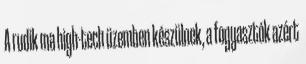
A rudik ma high-tech üzemben készülnek, a fogyasztók azért